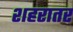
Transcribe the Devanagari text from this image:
शहरातर